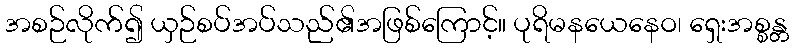
အစဉ်လိုက်၍ ယှဉ်စပ်အပ်သည်၏အဖြစ်ကြောင့်။ ပုရိမနယေနေဝ၊ ရှေးအစ္စန္တ